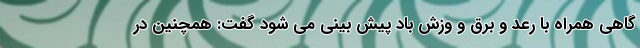
گاهی همراه با رعد و برق و وزش باد پیش بینی می شود گفت: همچنین در